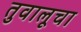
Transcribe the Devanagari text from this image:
तुवालूचा